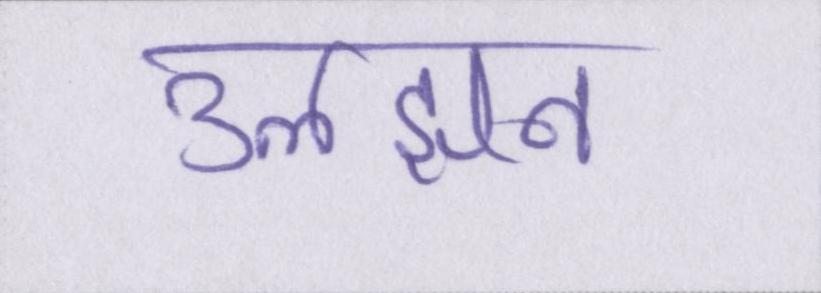
उलझन